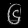
Digit: ၆